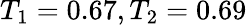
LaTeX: T_{1}=0.67,T_{2}=0.69